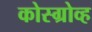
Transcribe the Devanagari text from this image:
कोस्ग्रोव्ह